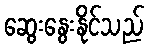
ဆွေးနွေးနိုင်သည်